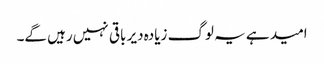
امید ہے یہ لوگ زیادہ دیر باقی نہیں رہیں گے۔